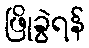
ဖြိုခွဲရန်